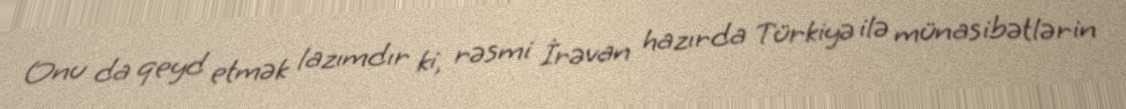
Onu da qeyd etmək lazımdır ki, rəsmi İrəvan hazırda Türkiyə ilə münasibətlərin